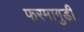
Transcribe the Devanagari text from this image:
फरमागुडी